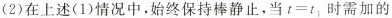
(2)在上述(1)情况中，始终保持棒静止，当$$t = t_{1}$$时需加的